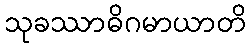
သုခဿာဓိဂမာယာတိ